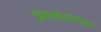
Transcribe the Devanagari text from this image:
प्रेमचंदांच्या